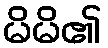
မိမိ၏